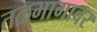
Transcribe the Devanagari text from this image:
तळभागावर